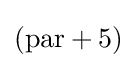
({\mbox{par}}+{\mbox{5}})